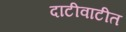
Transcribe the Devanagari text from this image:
दाटीवाटीत